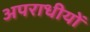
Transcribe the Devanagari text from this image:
अपराधीयों